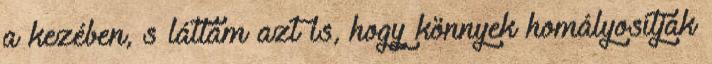
a kezében, s láttam azt is, hogy könnyek homályosítják